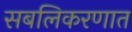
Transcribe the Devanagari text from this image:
सबलिकरणात